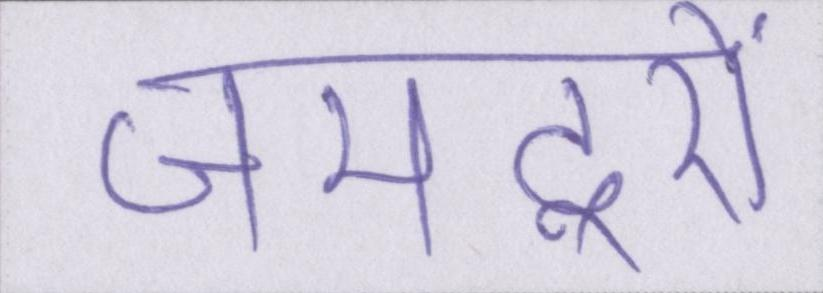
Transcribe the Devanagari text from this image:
जमदूरों